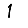
Digit: 1